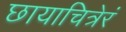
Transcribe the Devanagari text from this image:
छायाचित्रेरं